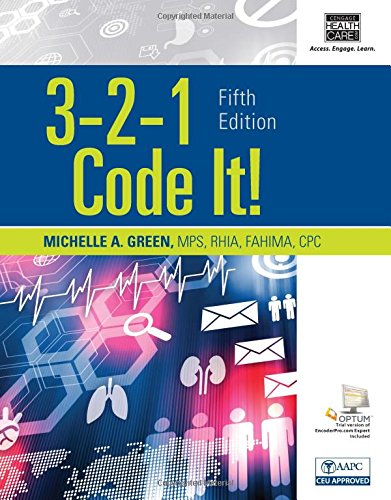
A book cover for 3-2-1 Code It! (with Cengage EncoderPro.com Demo Printed Access Card); Michelle A. Green; Medical Books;